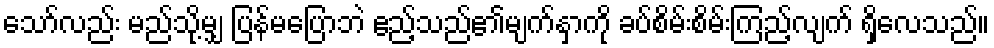
သော်လည်း မည်သို့မျှ ပြန်မပြောဘဲ ဧည့်သည်၏မျက်နှာကို ခပ်စိမ်းစိမ်းကြည့်လျက် ရှိလေသည်။